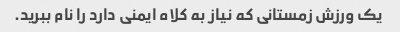
یک ورزش زمستانی که نیاز به کلاه ایمنی دارد را نام ببرید.